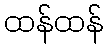
ထန်ထန်